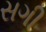
સગી